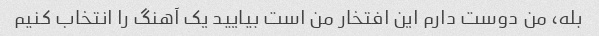
بله، من دوست دارم این افتخار من است بیایید یک آهنگ را انتخاب کنیم